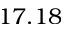
1 7 . 1 8